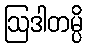
ဩဒါတမ္ပိ